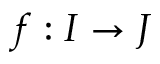
f : I \to J